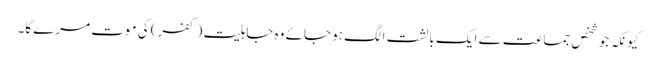
کیونکہ جو شخص جماعت سے ایک بالشت الگ ہو جائے وہ جاہلیت (کفر) کی موت مرے گا۔